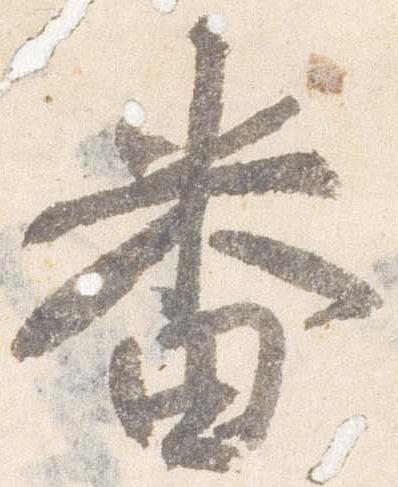
番